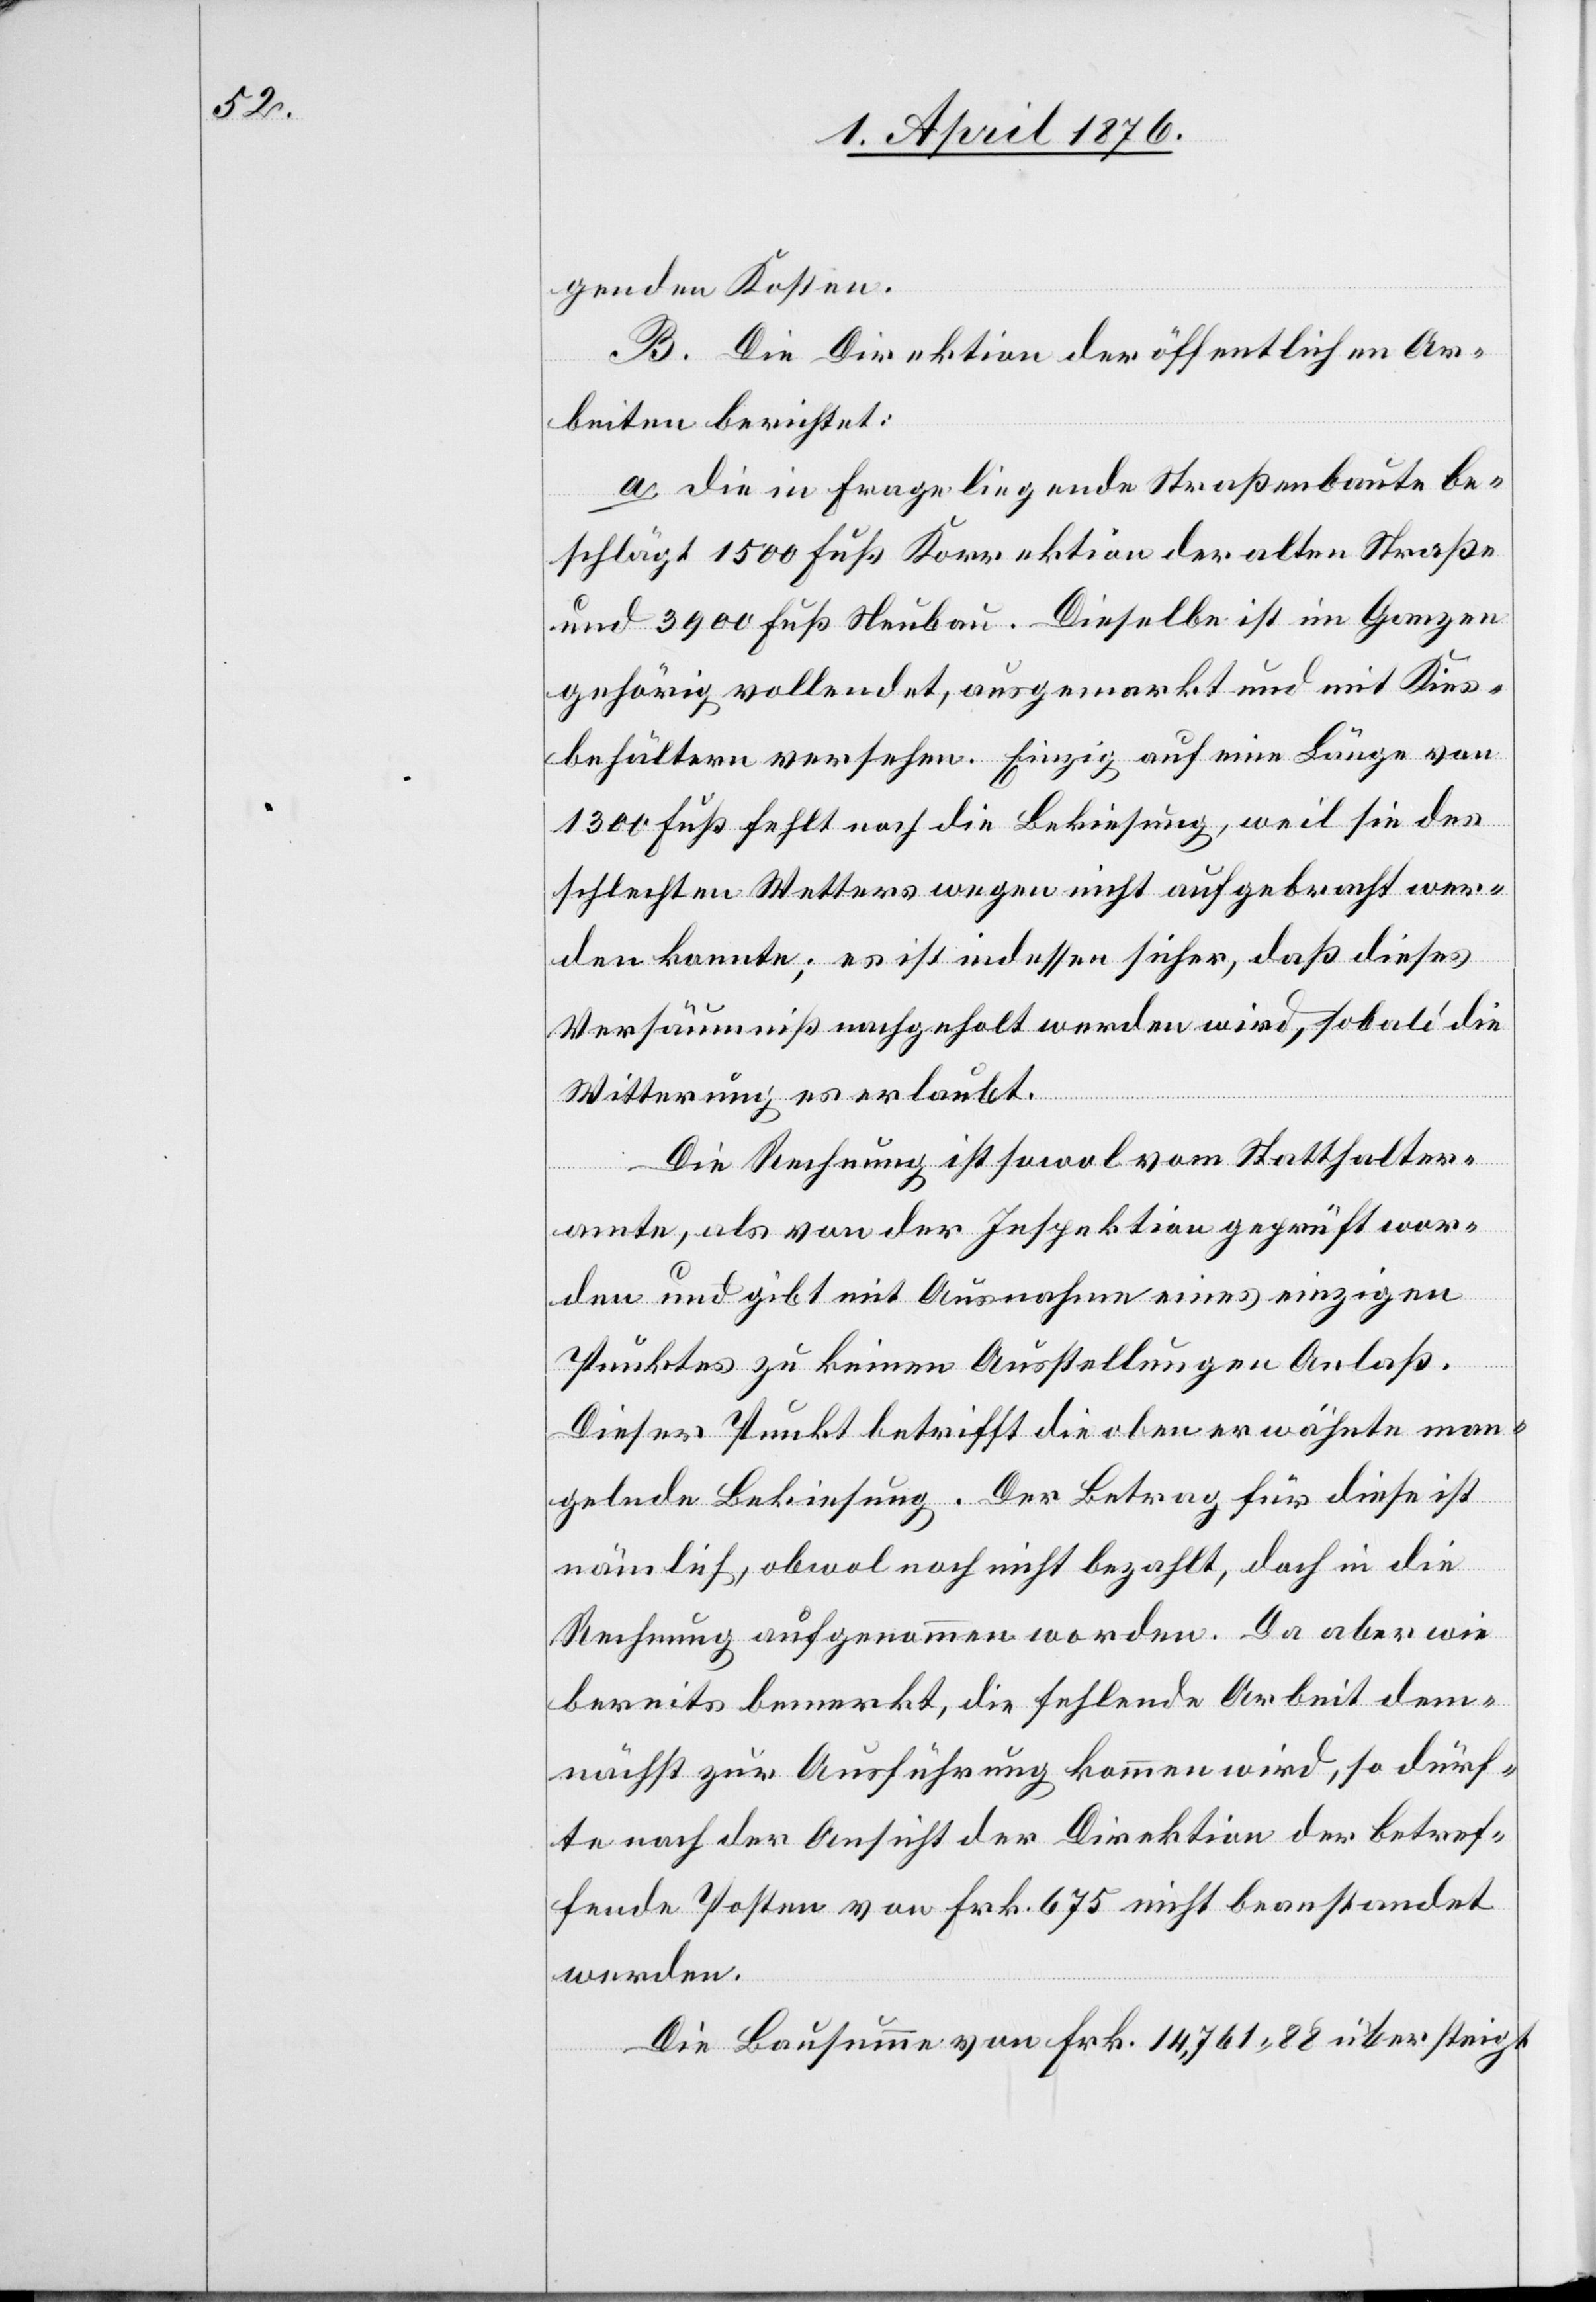
genden Kosten.
B. Die Direktion der öffentlichen Ar¬
beiten berichtet:
a. die in Frage liegende Straßenbaute be¬
schlägt 1500 Fuß Korrektion der alten Straße
und 3900 Fuß Neubau. Dieselbe ist im Ganzen
gehörig vollendet, ausgemarkt und mit Kies¬
behältern versehen. Einzig auf eine Länge von
1300 Fuß fehlt noch die Bekiesung, weil sie des
schlechten Wetters wegen nicht aufgebracht wer¬
den konnte; es ist indessen sicher, daß dieses
Versäumnis nachgeholt werden wird, sobald die
Witterung es erlaubt.
Die Rechnung ist sowohl vom Statthalter¬
amte, als von der Inspektion geprüft wor¬
den und gibt mit Ausnahme eines einzigen
Punktes zu keinen Ausstellungen Anlaß.
Dieser Punkt betrifft die oben erwähnte man¬
gelnde Bekiesung. Der Betrag für diese ist
nämlich, obwol noch nicht bezahlt, doch in die
Rechnung aufgenommen worden. Da aber wie
bereits bemerkt, die fehlende Arbeit dem¬
nächst zur Ausführung kommen wird, so dürf¬
te nach der Ansicht der Direktion der betref¬
fende Posten von Frk. 675 nicht beanstandet
werden.
Die Bausumme von Frk. 14,761 88 übersteigt